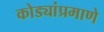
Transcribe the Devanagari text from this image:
कोड्यांप्रमाणे